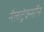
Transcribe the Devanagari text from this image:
नैलट्रेक्सॉन